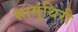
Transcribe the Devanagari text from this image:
सामुथिरी